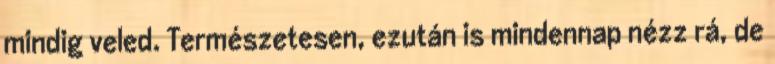
mindig veled. Természetesen, ezután is mindennap nézz rá, de